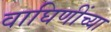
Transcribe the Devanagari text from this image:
वाघिणींच्या